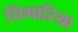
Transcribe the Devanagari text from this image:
चिंगारिया